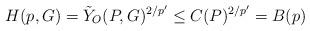
LaTeX: \begin{align*} H (p,G) = \tilde{Y}_O (P,G)^{2/p'} \leq C(P)^{2/p'} = B(p) \end{align*}